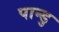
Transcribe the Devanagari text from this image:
पान्डु